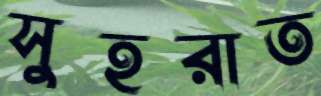
সুহরাত